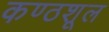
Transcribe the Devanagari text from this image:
कण्ठशूल